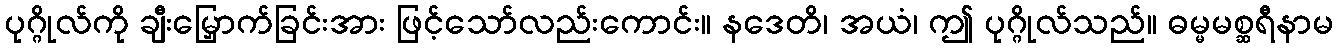
ပုဂ္ဂိုလ်ကို ချီးမြှောက်ခြင်းအား ဖြင့်သော်လည်းကောင်း။ နဒေတိ၊ အယံ၊ ဤ ပုဂ္ဂိုလ်သည်။ ဓမ္မမစ္ဆရီနာမ